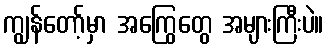
ကျွန်တော့်မှာ အကြွေတွေ အများကြီးပဲ။